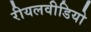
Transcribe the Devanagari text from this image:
रीयलवीडियो